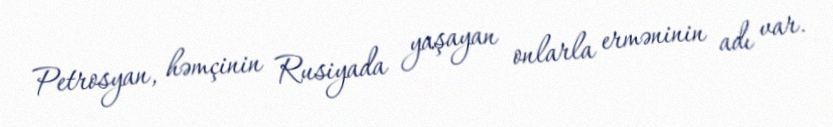
Petrosyan, həmçinin Rusiyada yaşayan onlarla erməninin adı var.